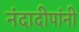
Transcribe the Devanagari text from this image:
नंदादीपांनी